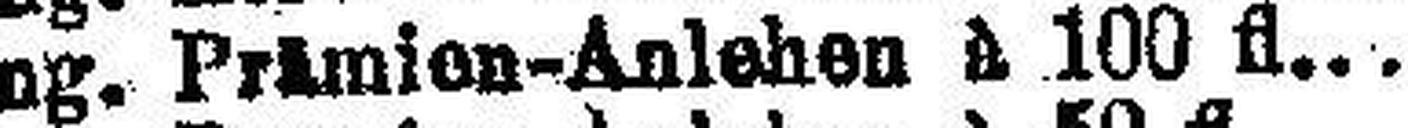
Ung. Prämien-Anlehen à 100 fl.